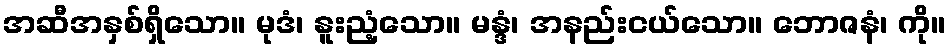
အဆီအနှစ်ရှိသော။ မုဒံ၊ နူးညံ့သော။ မန္ဒံ၊ အနည်းငယ်သော။ ဘောဇနံ၊ ကို။